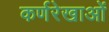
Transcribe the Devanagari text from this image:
कर्णरेखाओं